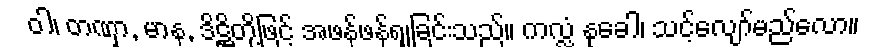
ဝါ၊ တဏှာ, မာန, ဒိဋ္ဌိတို့ဖြင့် အဖန်ဖန်ရှုခြင်းသည်။ ကလ္လံ နုခေါ၊ သင့်လျော်မည်လော။